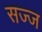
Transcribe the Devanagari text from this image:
सज्‍ज